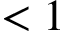
< 1